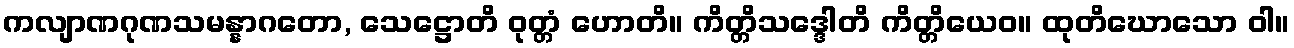
ကလျာဏဂုဏသမန္နာဂတော, သေဋ္ဌောတိ ဝုတ္တံ ဟောတိ။ ကိတ္တိသဒ္ဒေါတိ ကိတ္တိယေဝ။ ထုတိဃောသော ဝါ။